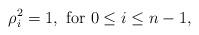
LaTeX: \begin{align*}\rho_i^2 = 1, \textrm{ for $0 \leq i \leq n-1$},\end{align*}